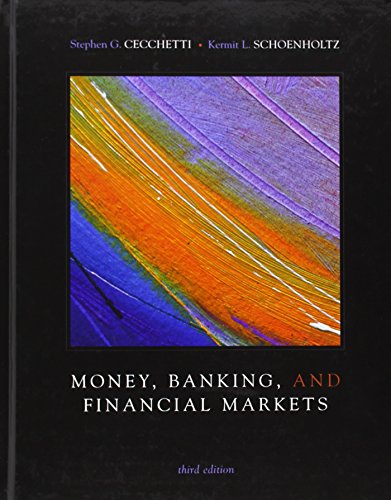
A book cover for Money, Banking and Financial Markets; Stephen Cecchetti; Business & Money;